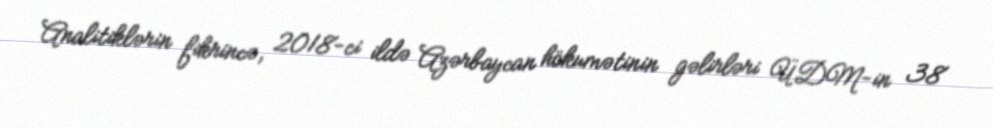
Analitiklərin fikrincə, 2018-ci ildə Azərbaycan hökumətinin gəlirləri ÜDM-in 38